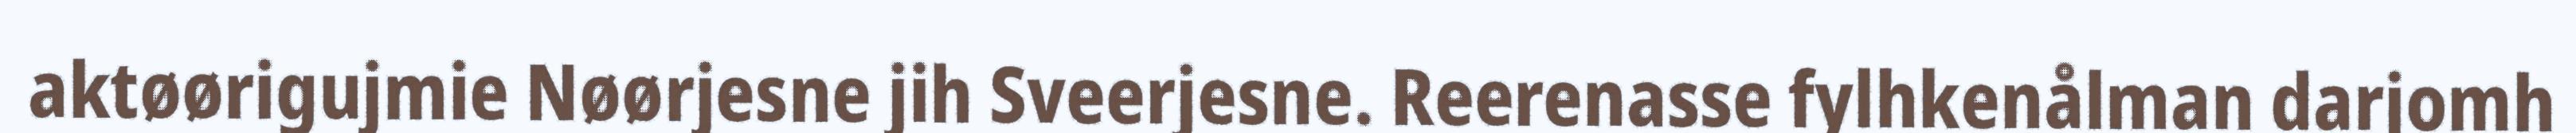
aktøørigujmie Nøørjesne jih Sveerjesne. Reerenasse fylhkenålman darjomh